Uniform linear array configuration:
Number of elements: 24
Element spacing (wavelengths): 1
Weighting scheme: blackman
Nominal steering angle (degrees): -45
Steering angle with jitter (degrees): -44.001
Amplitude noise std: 0.05
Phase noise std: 0.05

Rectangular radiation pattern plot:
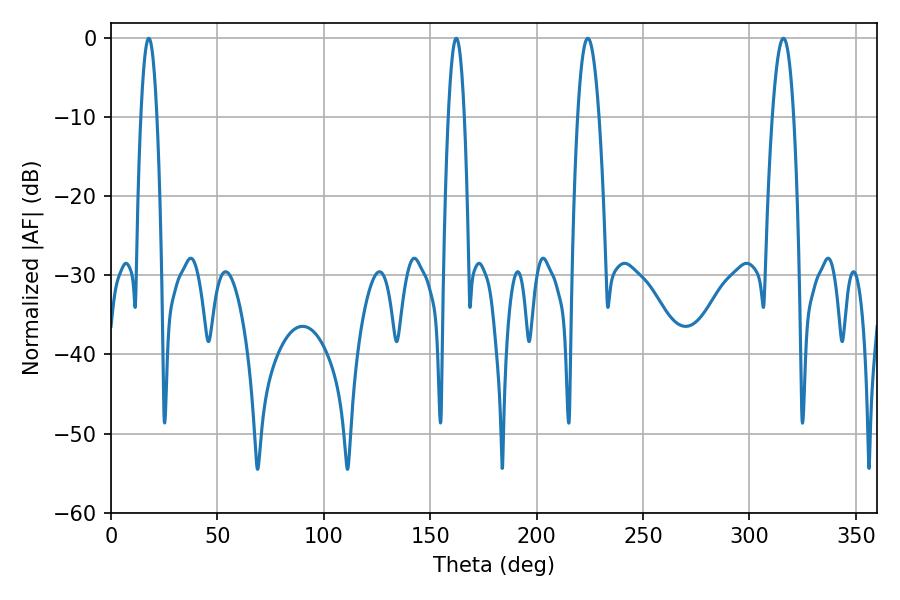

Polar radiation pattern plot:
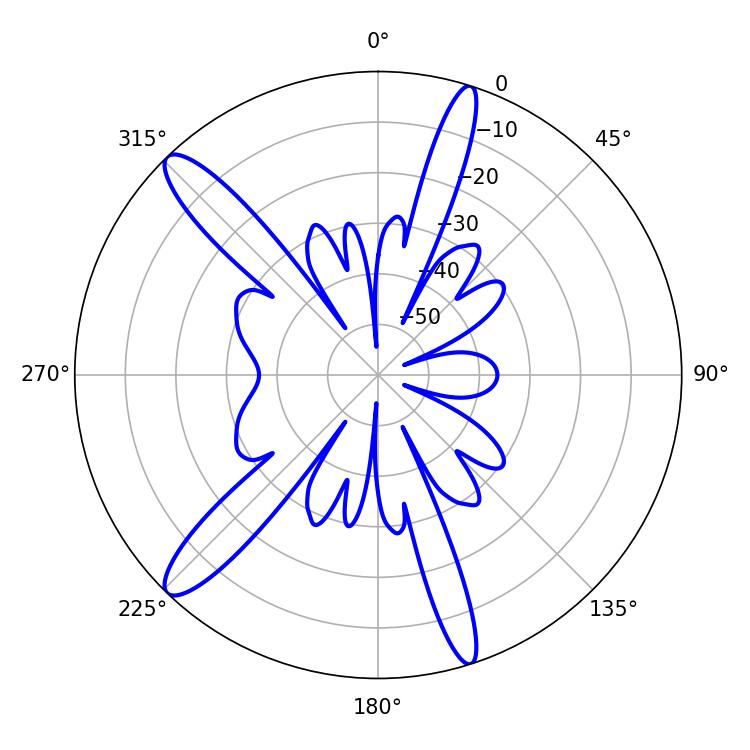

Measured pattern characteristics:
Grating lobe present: TRUE
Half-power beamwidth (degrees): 5.4
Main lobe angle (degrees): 224.1